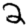
Digit: 2